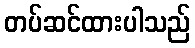
တပ်ဆင်ထားပါသည်